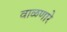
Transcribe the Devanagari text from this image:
वाळणारे